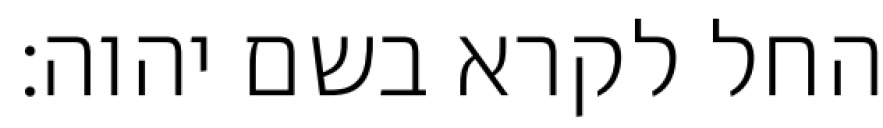
החל לקרא בשם יהוה׃